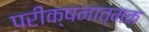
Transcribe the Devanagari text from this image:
परीक्षनात्मक